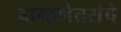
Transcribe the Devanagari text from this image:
ब्राम्हणेत्तरांचे